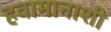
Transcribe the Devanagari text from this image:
हवामानाशी